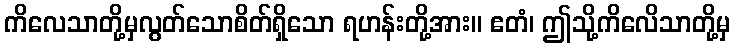
ကိလေသာတို့မှလွတ်သောစိတ်ရှိသော ရဟန်းတို့အား။ ဧတံ၊ ဤသို့ကိလေိသာတို့မှ